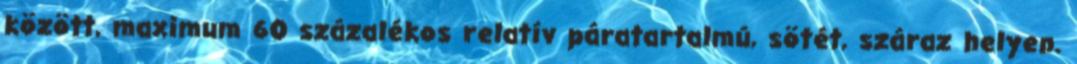
között, maximum 60 százalékos relatív páratartalmú, sötét, száraz helyen.